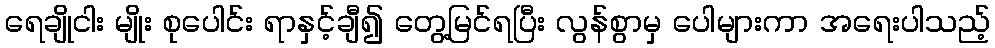
ရေချိုငါး မျိုး စုပေါင်း ရာနှင့်ချီ၍ တွေ့မြင်ရပြီး လွန်စွာမှ ပေါများကာ အရေးပါသည့်